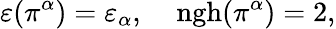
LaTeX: \varepsilon(\pi^{\alpha})=\varepsilon_{\alpha},\; \; \; \; \mathrm{ngh}(\pi^{\alpha})=2,